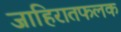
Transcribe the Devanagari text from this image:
जाहिरातफलक